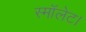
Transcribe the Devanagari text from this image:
स्मॉलेट।